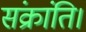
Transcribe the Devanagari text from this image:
संक्रांति।